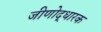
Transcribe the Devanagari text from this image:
जीणोद्धारक